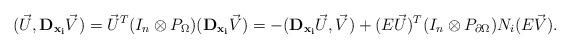
LaTeX: \begin{align*}(\vec U, {\bf D_{x_i}} \vec V)=\vec U^T (I_n \otimes P_{\Omega})({\bf D_{x_i}} \vec V)= -({\bf D_{x_i}} \vec U, \vec V) + (E\vec U)^T (I_n \otimes P_{\partial\Omega}) N_{i} (E\vec V).\end{align*}